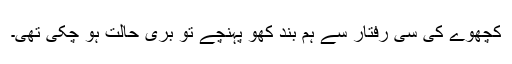
کچھوے کی سی رفتار سے ہم بند کھو پہنچے تو بری حالت ہو چکی تھی۔